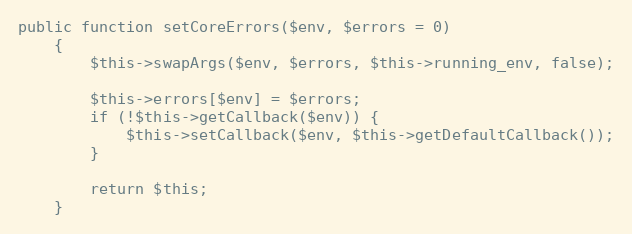
Language: PHP
public function setCoreErrors($env, $errors = 0)
    {
        $this->swapArgs($env, $errors, $this->running_env, false);

        $this->errors[$env] = $errors;
        if (!$this->getCallback($env)) {
            $this->setCallback($env, $this->getDefaultCallback());
        }

        return $this;
    }